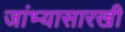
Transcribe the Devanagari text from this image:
जांभ्यासारखी